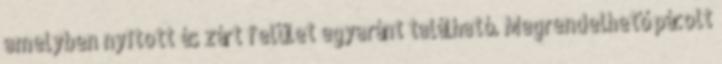
amelyben nyitott és zárt felület egyaránt található. Megrendelhető pácolt